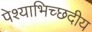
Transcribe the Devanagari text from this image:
पेश्याभिच्छदीय